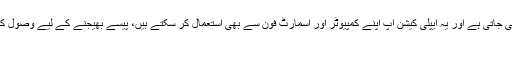
رقوم کی ادائیگی والیٹ ایپلی کیشن کے ذریعے کی جاتی ہے اور یہ ایپلی کیشن آپ اپنے کمپیوٹر اور اسمارٹ فون سے بھی استعمال کر سکتے ہیں، پیسے بھیجنے کے لیے وصول کنندہ کا ایڈریس اور ادا کی جانے والی رقم لکھ کر
کا بٹن دبا دیں۔